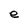
Character: e